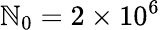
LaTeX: \mathbb{N}_{0}=2\times10^{6}